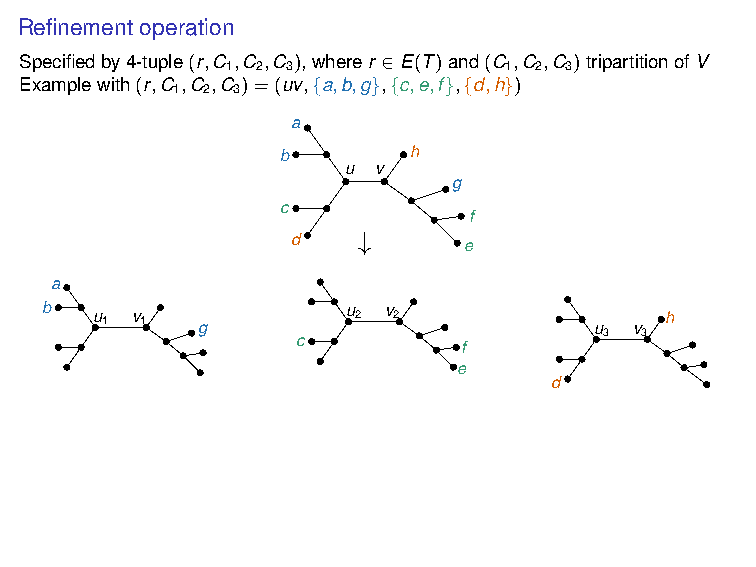
w 1              w 2             w
 3
 ↓
 a   w g
 1
 b
 t
 c w 2 w 3 h
 e        d
 f
 Refinement operation
 Specifiedby4-tuple(r,C ,C ,C ),wherer ∈E(T)and(C ,C ,C )tripartitionofV
 1 2 3             1 2 3
 Examplewith(r,C ,C ,C )=(uv,{a,b,g},{c,e,f},{d,h})
 1 2 3
 a
 b       h
 u v
 g
 c
 f
 d    ↓      e
 a
 b  u 1 v 1 g        u 2 v 2         u  v h
 c                   3 3
 f
 e
 d